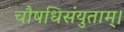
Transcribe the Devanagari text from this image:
चौषधिसंयुताम्।